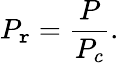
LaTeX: P_{\mathtt{r}}={\frac{{P}}{{P_{c}}}}.